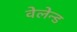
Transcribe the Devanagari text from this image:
वेलेन्ड